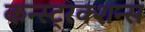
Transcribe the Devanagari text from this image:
कन्स्ट्रक्शन्स